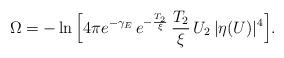
LaTeX: \begin{align*}\Omega = - \ln\Big[ 4 \pi e^{-\gamma_E} \, e^{-\frac{T_2}{\xi}}\,\frac{T_2}{\xi} \, U_2\, \vert \eta(U)\vert^4\Big].\end{align*}